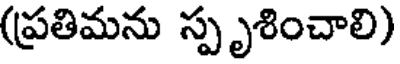
(ప్రతిమను స్పృశించాలి)